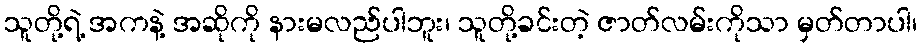
သူတို့ရဲ့ အကနဲ့ အဆိုကို နားမလည်ပါဘူး၊ သူတို့ခင်းတဲ့ ဇာတ်လမ်းကိုသာ မှတ်တာပါ၊